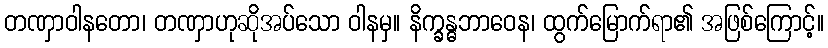
တဏှာဝါနတော၊ တဏှာဟုဆိုအပ်သော ဝါနမှ။ နိက္ခန္ဓဘာဝေန၊ ထွက်မြောက်ရာ၏ အဖြစ်ကြောင့်။